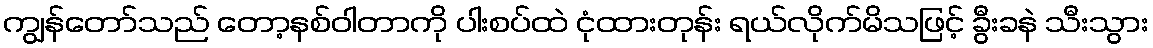
ကျွန်တော်သည် တော့နစ်ဝါတာကို ပါးစပ်ထဲ ငုံထားတုန်း ရယ်လိုက်မိသဖြင့် ခွီးခနဲ သီးသွား